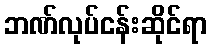
ဘဏ်လုပ်ငန်းဆိုင်ရာ